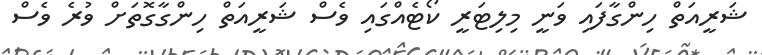
ޝަރީއަތް ހިންގާފައި ވަނީ މިލިޓަރީ ކޯޓެއްގައި ވެސް ޝަރީއަތް ހިންގާގޮތަށް ވުރެ ވެސް